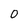
Character: 0